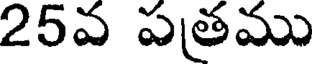
25వ పతము